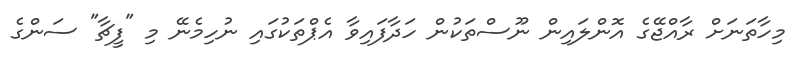
މިހާތަނަށް ރާއްޖޭގެ އޮންލައިން ނޫސްތަކުން ހަދާފައިވާ އެޕްތަކުގައި ނުހިމެނޭ މި "ފީޗާ" ސަންގެ